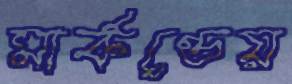
মার্কণ্ডেয়